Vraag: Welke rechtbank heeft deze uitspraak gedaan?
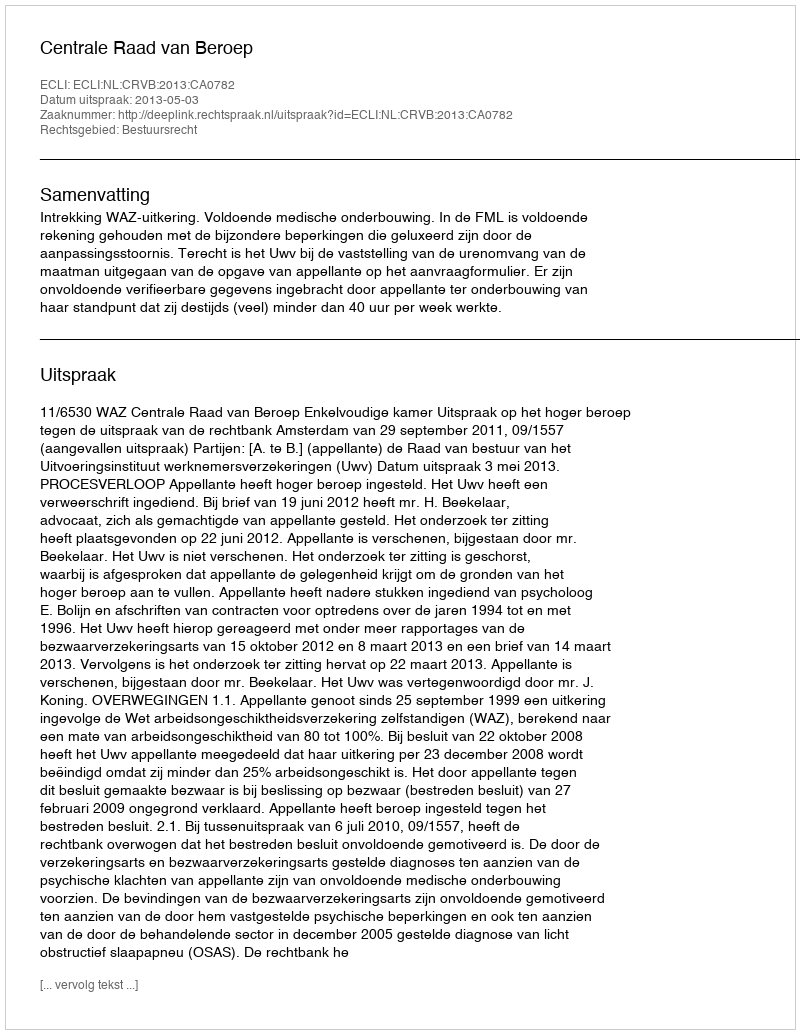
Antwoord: Centrale Raad van Beroep